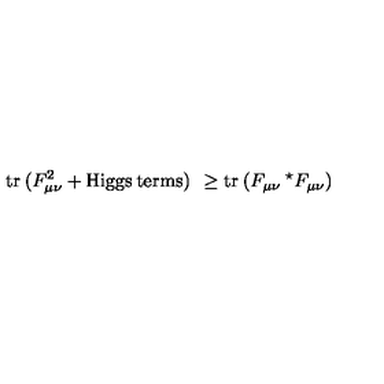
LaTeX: \mathrm { t r } \: ( F _ { \mu \nu } ^ { 2 } + \mathrm { H i g g s \: t e r m s } ) \: \: \ge \mathrm { t r } \: ( F _ { \mu \nu } \: ^ { \star } F _ { \mu \nu } )